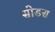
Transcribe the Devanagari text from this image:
सोडस